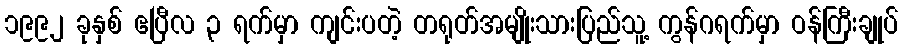
၁၉၉၂ ခုနှစ် ဧပြီလ ၃ ရက်မှာ ကျင်းပတဲ့ တရုတ်အမျိုးသားပြည်သူ့ ကွန်ဂရက်မှာ ဝန်ကြီးချုပ်